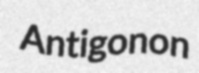
Antigonon